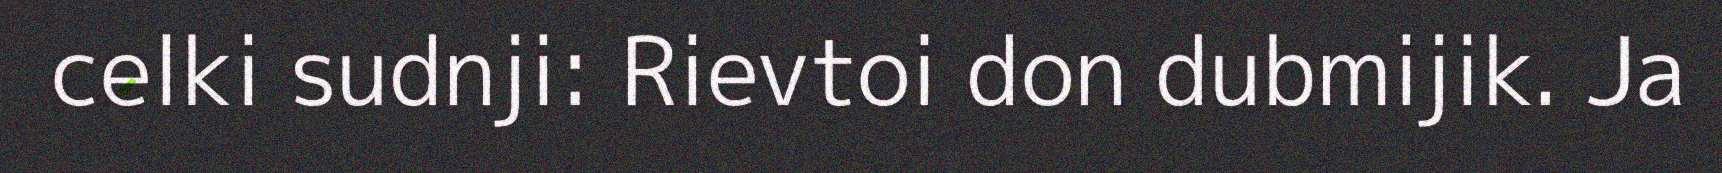
celki sudnji: Rievtoi don dubmijik. Ja